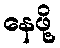
နေဖို့